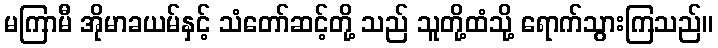
မကြာမီ အိုမာခယမ်နှင့် သံတော်ဆင့်တို့ သည် သူတို့ထံသို့ ရောက်သွားကြသည်။